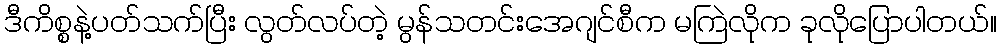
ဒီကိစ္စနဲ့ပတ်သက်ပြီး လွတ်လပ်တဲ့ မွန်သတင်းအေဂျင်စီက မကြဲလိုက ခုလိုပြောပါတယ်။